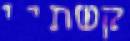
קשתיי